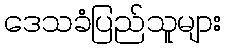
ဒေသခံပြည်သူများ